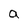
Character: a